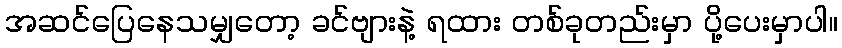
အဆင်ပြေနေသမျှတော့ ခင်ဗျားနဲ့ ရထား တစ်ခုတည်းမှာ ပို့ပေးမှာပါ။